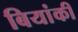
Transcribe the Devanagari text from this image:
बियांकी